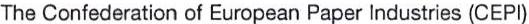
The Confederation of European Paper Industries (CEPI)